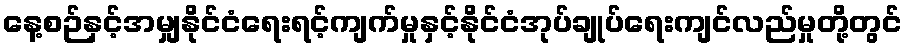
နေ့စဉ်နှင့်အမျှနိုင်ငံရေးရင့်ကျက်မှုနှင့်နိုင်ငံအုပ်ချုပ်ရေးကျင်လည်မှုတို့တွင်